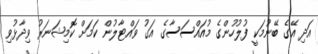
އަދި އޭގެ ބޭނުމަކީ ފުލުހުންގެ މުއައްސަސާގެ އަގު ވައްޓާލުން ކަމަށް ކޮމިޝަނަރު ވިދާޅުވި